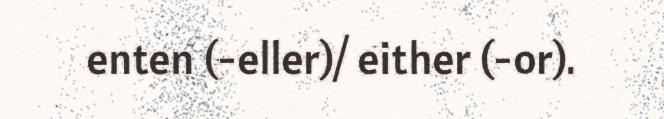
enten (-eller)/ either (-or).